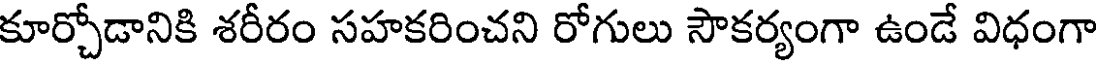
కూర్చోడానికి శరీరం సహకరించని రోగులు సౌకర్యంగా ఉండే విధంగా